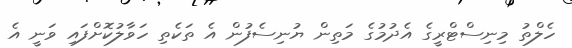
ހެލްތު މިނިސްޓްރީގެ އެދުމުގެ މަތިން ޔުނިސެފުން އެ ތަކެތި ހަވާލުކޮށްފައި ވަނީ އެ